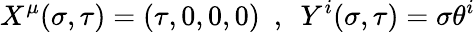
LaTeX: X^{\mu}(\sigma,\tau)=(\tau,0,0,0)~~,~~Y^{i}(\sigma,\tau)=\sigma\theta^{i}